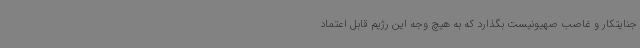
جنایتکار و غاصب صهیونیست بگذارد که به هیچ وجه این رژیم قابل اعتماد